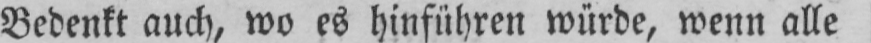
Bedenkt auch, wo es hinführen würde, wenn alle